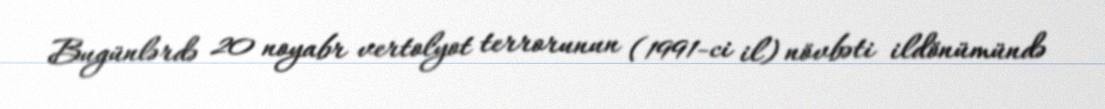
Bugünlərdə 20 noyabr vertolyot terrorunun (1991-ci il) növbəti ildönümündə